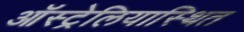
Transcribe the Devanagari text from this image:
ऑस्ट्रेलियास्थित